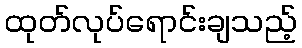
ထုတ်လုပ်ရောင်းချသည့်